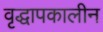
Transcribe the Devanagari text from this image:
वृद्धापकालीन